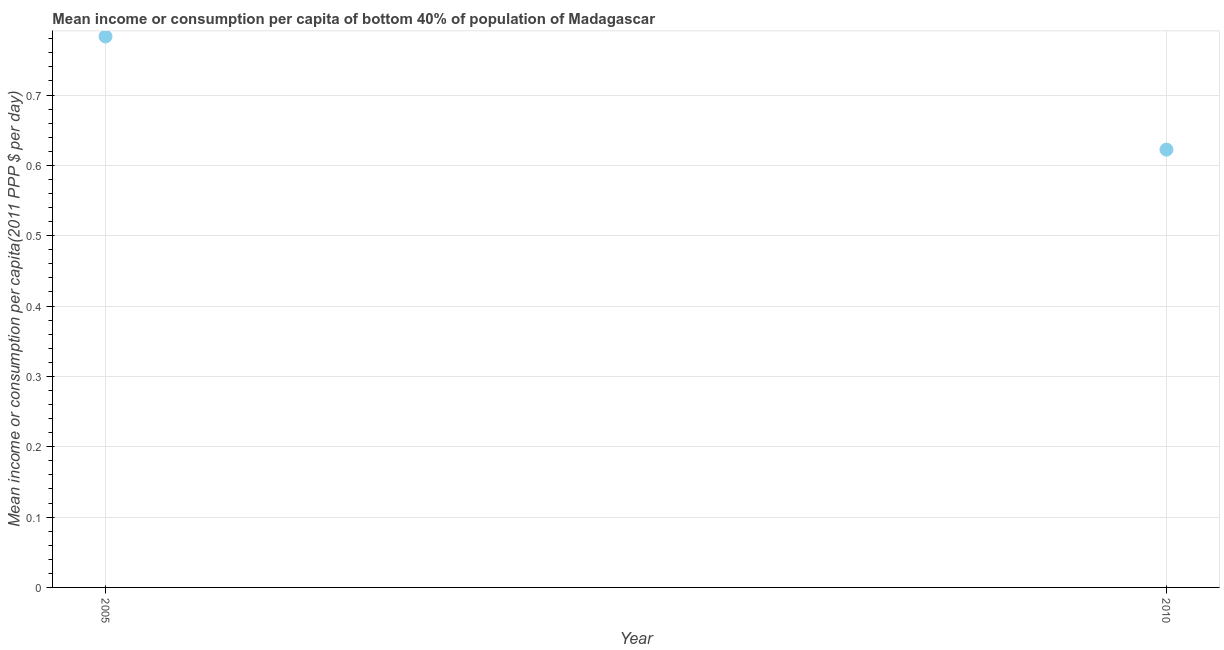
| Year | Bottom 40percent |
 | --- | --- |
 | 2005 | 0.783 |
 | 2010 | 0.622 |